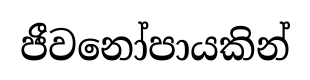
ජීවනෝපායකින්